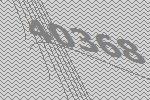
40368